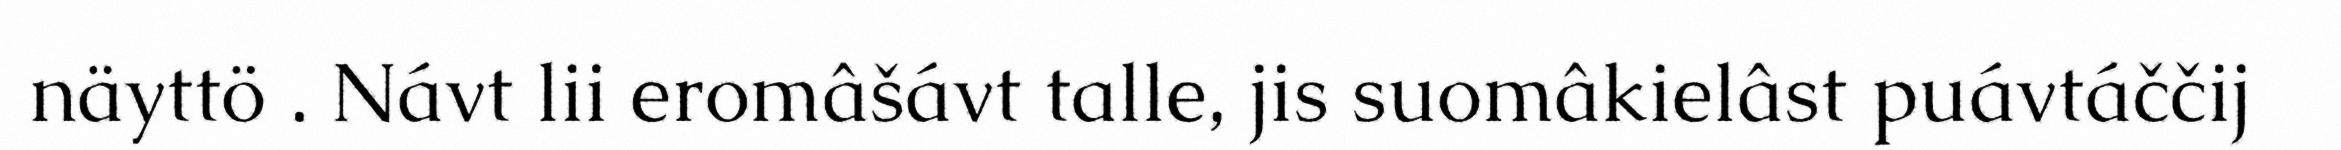
näyttö . Návt lii eromâšávt talle, jis suomâkielâst puávtáččij